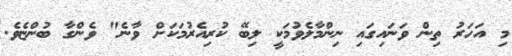
މި އަހަރު ތިން ވަނައިގައި ނިންމާލެވުމަކީ ލިބޭ ކުރިއެރުމަކަށް ވާނެ" ވެންގާ ބުންޏެވެ.